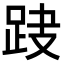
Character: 𨀆